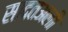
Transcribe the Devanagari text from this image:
सादतअली